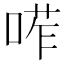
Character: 𠷆